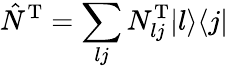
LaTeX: \hat{N}^{\mathrm{T}}=\sum_{lj}N_{lj}^{\mathrm{T}}|l\rangle\langle j|